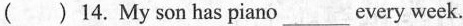
( ) 14. My son has piano___every week.